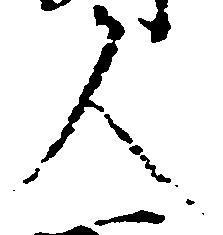
人